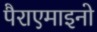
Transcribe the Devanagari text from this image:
पैराएमाइनो